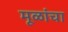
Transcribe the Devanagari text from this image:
मूळांचा